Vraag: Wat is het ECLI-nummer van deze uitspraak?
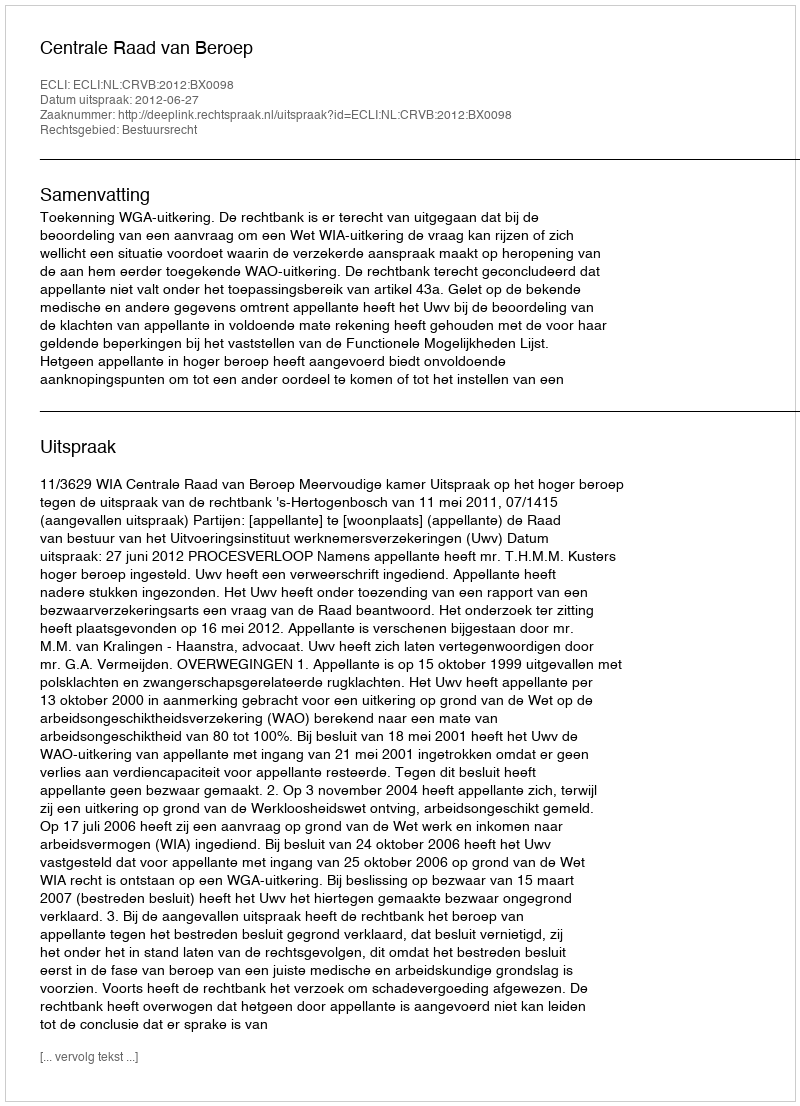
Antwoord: ECLI:NL:CRVB:2012:BX0098